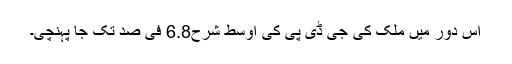
اس دور میں ملک کی جی ڈی پی کی اوسط شرح6.8 فی صد تک جا پہنچی۔